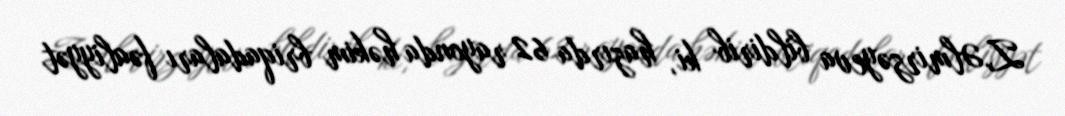
Z.Əlmirzəyeva bildirib ki, hazırda 62 rayonda həkim briqadaları fəaliyyət